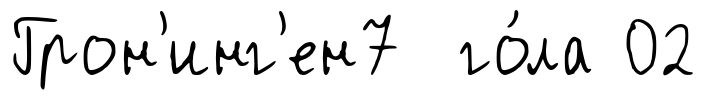
Грон'инг'ен7 го́ла 02